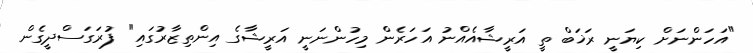
"އަހަންނަށް ކިޔަނީ ރަޚަބް ތީ އަރީޝާއެއްނު އަހަރެން މިހުންނަނީ އަރީޝާގެ އިންތިޒާރުގައި" ފުރަގަސްދީގެން